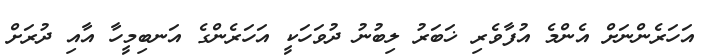
އަހަރެންނަށް އެންމެ އުފާވެރި ޚަބަރު ލިބުނު ދުވަހަކީ އަހަރެންގެ އަނބިމީހާ އާއި ދުރަށް